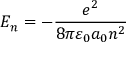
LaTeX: E _ { n } = - { \frac { e ^ { 2 } } { 8 \pi \varepsilon _ { 0 } a _ { 0 } n ^ { 2 } } }